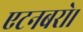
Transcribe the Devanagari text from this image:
एटनबरो।